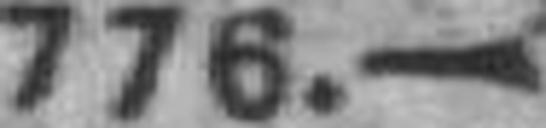
776.—